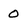
Character: 0